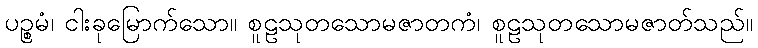
ပဉ္စမံ၊ ငါးခုမြောက်သော။ စူဠသုတသောမဇာတကံ၊ စူဠသုတသောမဇာတ်သည်။